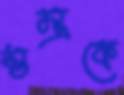
স্তম্ভকে